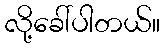
လို့ခေါ်ပါတယ်။